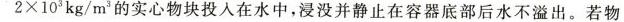
为 $$2 \times 1 0 ^ { 3 } k g / m ^ { 3 } $$实心物块投入在水中，浸没并静止在容器底部后水不溢出。若物